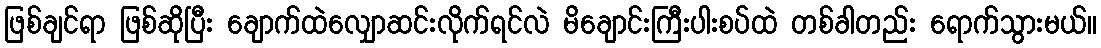
ဖြစ်ချင်ရာ ဖြစ်ဆိုပြီး ချောက်ထဲလျှောဆင်းလိုက်ရင်လဲ မိချောင်းကြီးပါးစပ်ထဲ တစ်ခါတည်း ရောက်သွားမယ်။